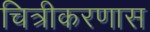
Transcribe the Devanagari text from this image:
चित्रीकरणास